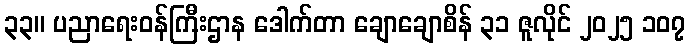
၃၃။ ပညာရေးဝန်ကြီးဌာန ဒေါက်တာ ချောချောစိန် ၃၁ ဇူလိုင် ၂၀၂၅ ၁၀၇